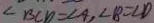
\angle B C D = \angle A , \angle B = \angle D